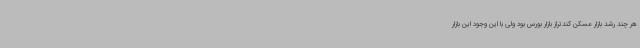
هر چند رشد بازار مسکن کندتراز بازار بورس بود ولی با این وجود این بازار